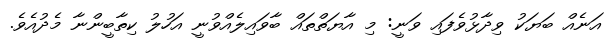
އަނެއް ބަޔަކު ވިދާޅުވެފައި ވަނީ: މި އާޔަތްތައް ބާވައިލެއްވުނީ އަހުލު ކިތާބީންނާ މެދުއެވެ.